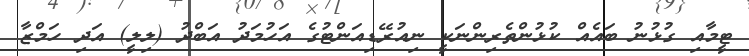
ޓީމާއި ގުޅުނު ބައެއް ކުޅުންތެރިންނަކީ ނިއުރޭޑިއަންޓުގެ އަހުމަދު އަބްދު (ލިލީ) އަދި ހަމްޒާ